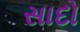
સાદો